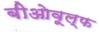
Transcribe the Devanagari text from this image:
बीओवूल्फ